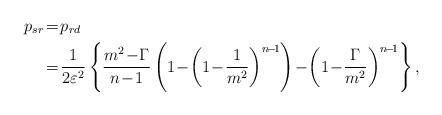
LaTeX: \begin{align*}p_{sr} &\!=\!p_{rd} \\ &\!=\!\frac{1}{2 \varepsilon^2} \left \{ \frac{m^2\!-\!\Gamma}{n\!-\!1} \left(1\!-\!\left(1\!-\!\frac{1}{m^2}\right)^{n\!-\!1}\right) \!- \!\left(1\!-\!\frac{\Gamma}{m^2}\right)^{n\!-\!1} \right \}, \end{align*}